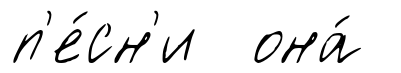
п'е́сн'и она́